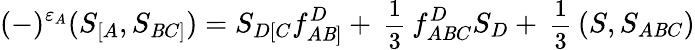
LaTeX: (-)^{\varepsilon_{A}}(S_{[A},S_{\mathit{B}C]})=S_{D[C}f_{A\mathit{B}]}^{D}+\mathrm{{\small{~\frac{{1}}{{3}}~}}}f_{A\mathit{B}C}^{D}S_{D}+\mathrm{{\small{~\frac{{1}}{{3}}~}}}(S,S_{A\mathit{B}C})